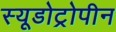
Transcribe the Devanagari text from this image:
स्यूडोट्रोपीन